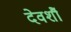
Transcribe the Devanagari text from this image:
देवर्शौ